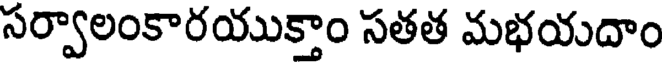
సర్వాలంకారయుక్తాం సతత మభయదాం